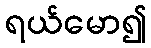
ရယ်မော၍